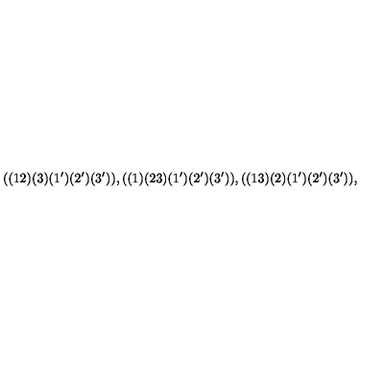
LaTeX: ( ( 1 2 ) ( 3 ) ( 1 ^ { \prime } ) ( 2 ^ { \prime } ) ( 3 ^ { \prime } ) ) , ( ( 1 ) ( 2 3 ) ( 1 ^ { \prime } ) ( 2 ^ { \prime } ) ( 3 ^ { \prime } ) ) , ( ( 1 3 ) ( 2 ) ( 1 ^ { \prime } ) ( 2 ^ { \prime } ) ( 3 ^ { \prime } ) ) ,